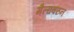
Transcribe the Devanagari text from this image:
मैलांवरुन